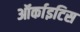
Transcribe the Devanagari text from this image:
ऑर्काइटिस